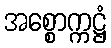
အစ္စောက္ကဋ္ဌံ